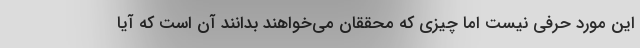
این مورد حرفی نیست اما چیزی که محققان می‌خواهند بدانند آن است که آیا